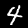
Digit: 4